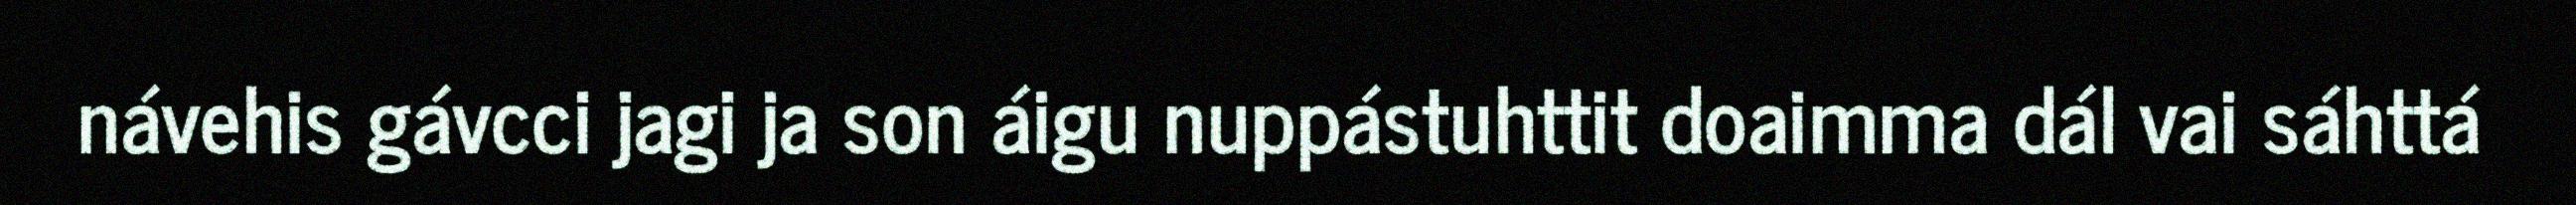
návehis gávcci jagi ja son áigu nuppástuhttit doaimma dál vai sáhttá